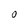
Character: O